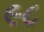
૯૮